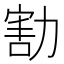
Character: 𠢆